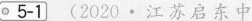
∘5-1 2020·江苏启东中